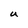
Character: U